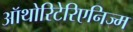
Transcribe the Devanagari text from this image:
ऑथोरिटेरिएनिज्म